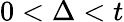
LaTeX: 0<\Delta<t